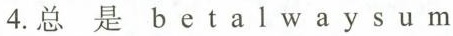
4.总 是 b e t a l w a y s u m